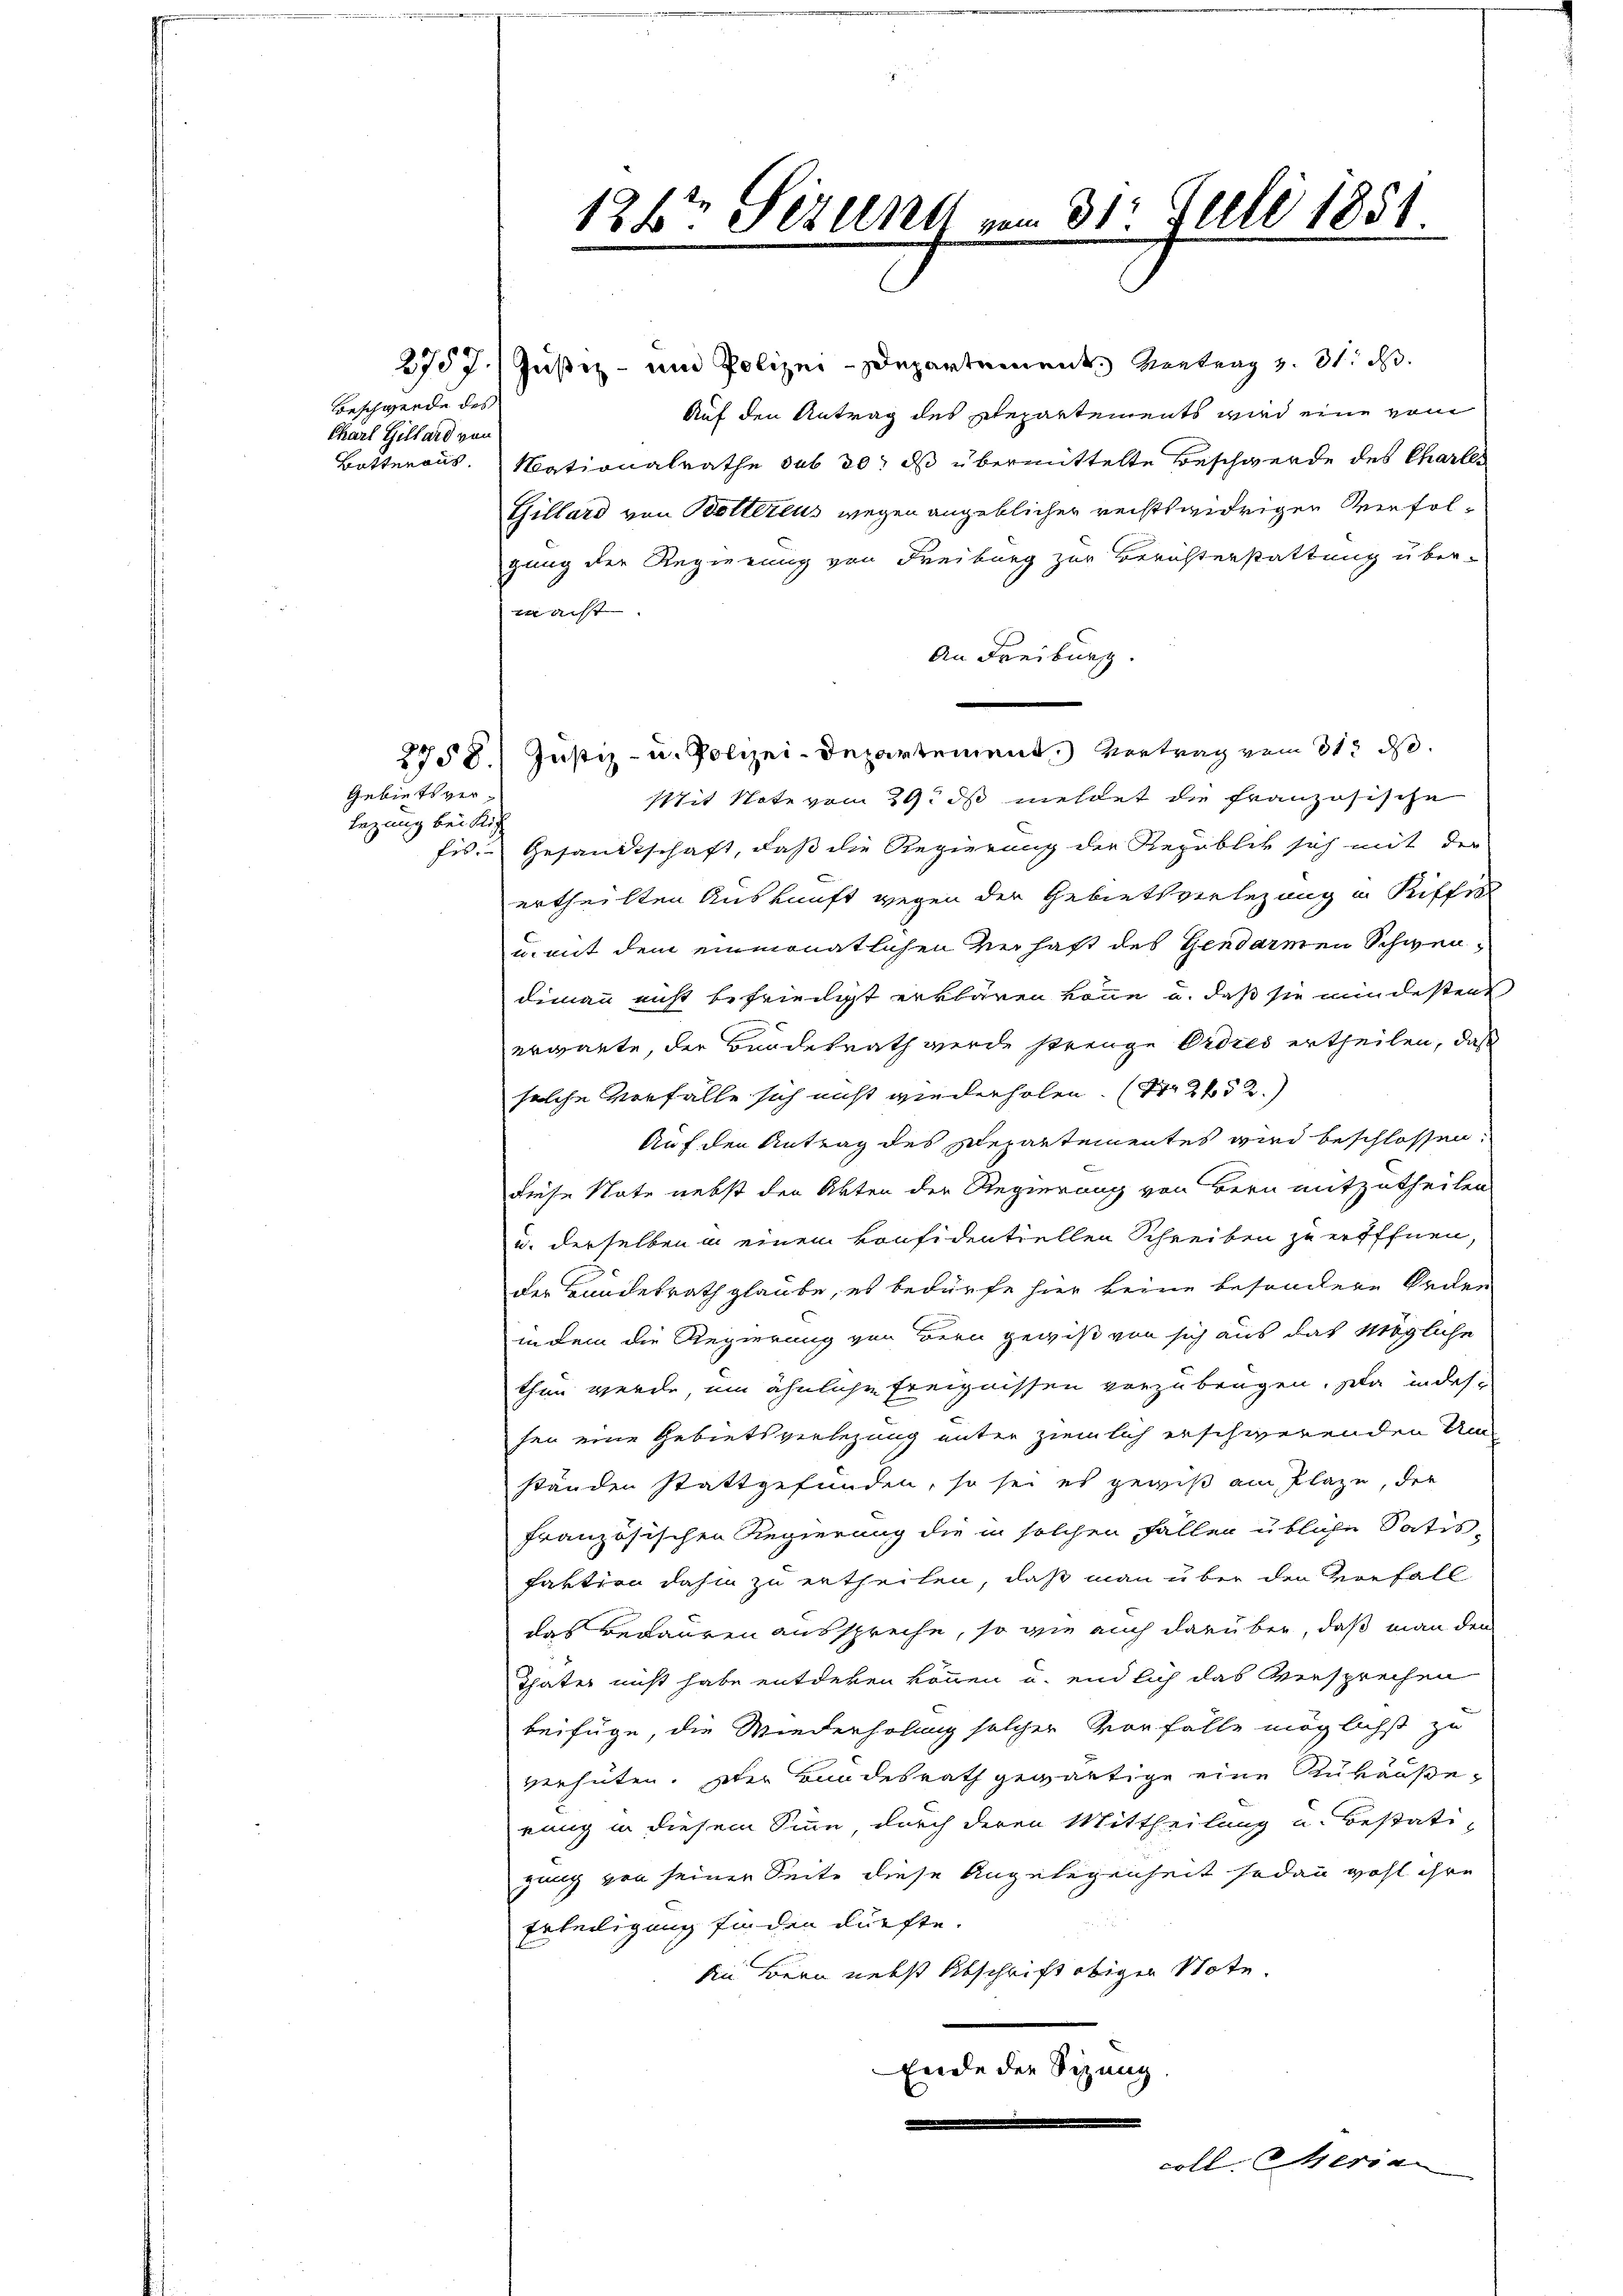
Beschwerde des
Charl Gillard von
Botteraus.

Gebiets versezung bei Rich

2757. Justiz- und Polizei-Departement. Vertrag v. 31. ds.
Auf den Antrag des Repartements wird eine vom
Mationalrathe sub 30, ds übermittelte Beschwerde des Charles
Tillard von Botterius wegen angeblicher rechtswidrigen Verfolgung der Regierung von Freiburg zur Berichterstattung über-
i acht. |
An Freiburg.
2758.) Justiz- u. Polizei-Departement.) Vertrag vom 313. d.
Sit Note vom 29. ds meldet die französische
fis. Gesandtschaft, daß die Regierung der Republik sich mit der
ertheilten Auskunft wegen der Gebietsverlegung in Riffes
u. mit dem einmonatlichen Verhaft des Gendarmen Schwendimann nicht befriedigt erklären könne u. daß sie mindesten
ergante, der Bundesrath werde strenge Ordres ertheilen, daß
solche Verfälle sich nicht wiederholen. (Nr. 252.)
Auf den Antrag des Departementes wird beschlossen:
diese Note nebst den Akten der Regierung von Bern mitzutheilen
u. derselben in einem konfidentiellen Schreiben zu eröffnen,
der Bundesrath glaube, es bedürfe hier keine besondere Orden
indem die Regierung von Bern gewiß von sich aus das Mögliche
thun werde, um ähnliche Ereignissen vorzubrigen. Da indessen eine Gebietsverlegung unter ziemlich erschwerenden Um-
ständen stattgefunden, so sei es gewiß am Plaze, die
französischen Regierung die in solchen Fällen übliche Satis-
faktion dahin zu ertheilen, daß man über den Vorfall
das Bedauren ausspreche, so wie auch darüber, daß man den
Thäter nicht habe entdeken können u. endlich das Versprechen
beifüge, die Wiederholung solcher Vorfälle möglichst zu
verhüten. Oder Bundesrath gewärtige eine Zukäußerung in diesem Sinn, durch deren Mittheilung u. Bestati
gung von seiner Seite diese Angelegenheit sodann wohl ihre
Erledigung finden dürfte.
di Bern nebst Abschrift obiger Note.
Ende der Sitzung

126ten Serent vom 31. Juli 1851.

coll. Meria